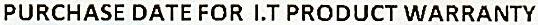
PURCHASE DATE FOR I.T PRODUCT WARRANTY